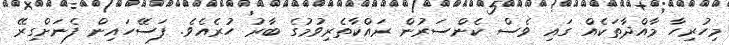
މިހުރިހާ މާއްދާތަކެއް ގައި ވެސް ކެންސަރުން ރައްކާތެރިވުމުގެ ބާރު ހުރެއެވެ. ފަސޭހައިން ފެނަށްގިރޭ